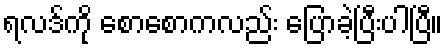
ရလဒ်ကို စောစောကလည်း ပြောခဲ့ပြီးပါပြီ။